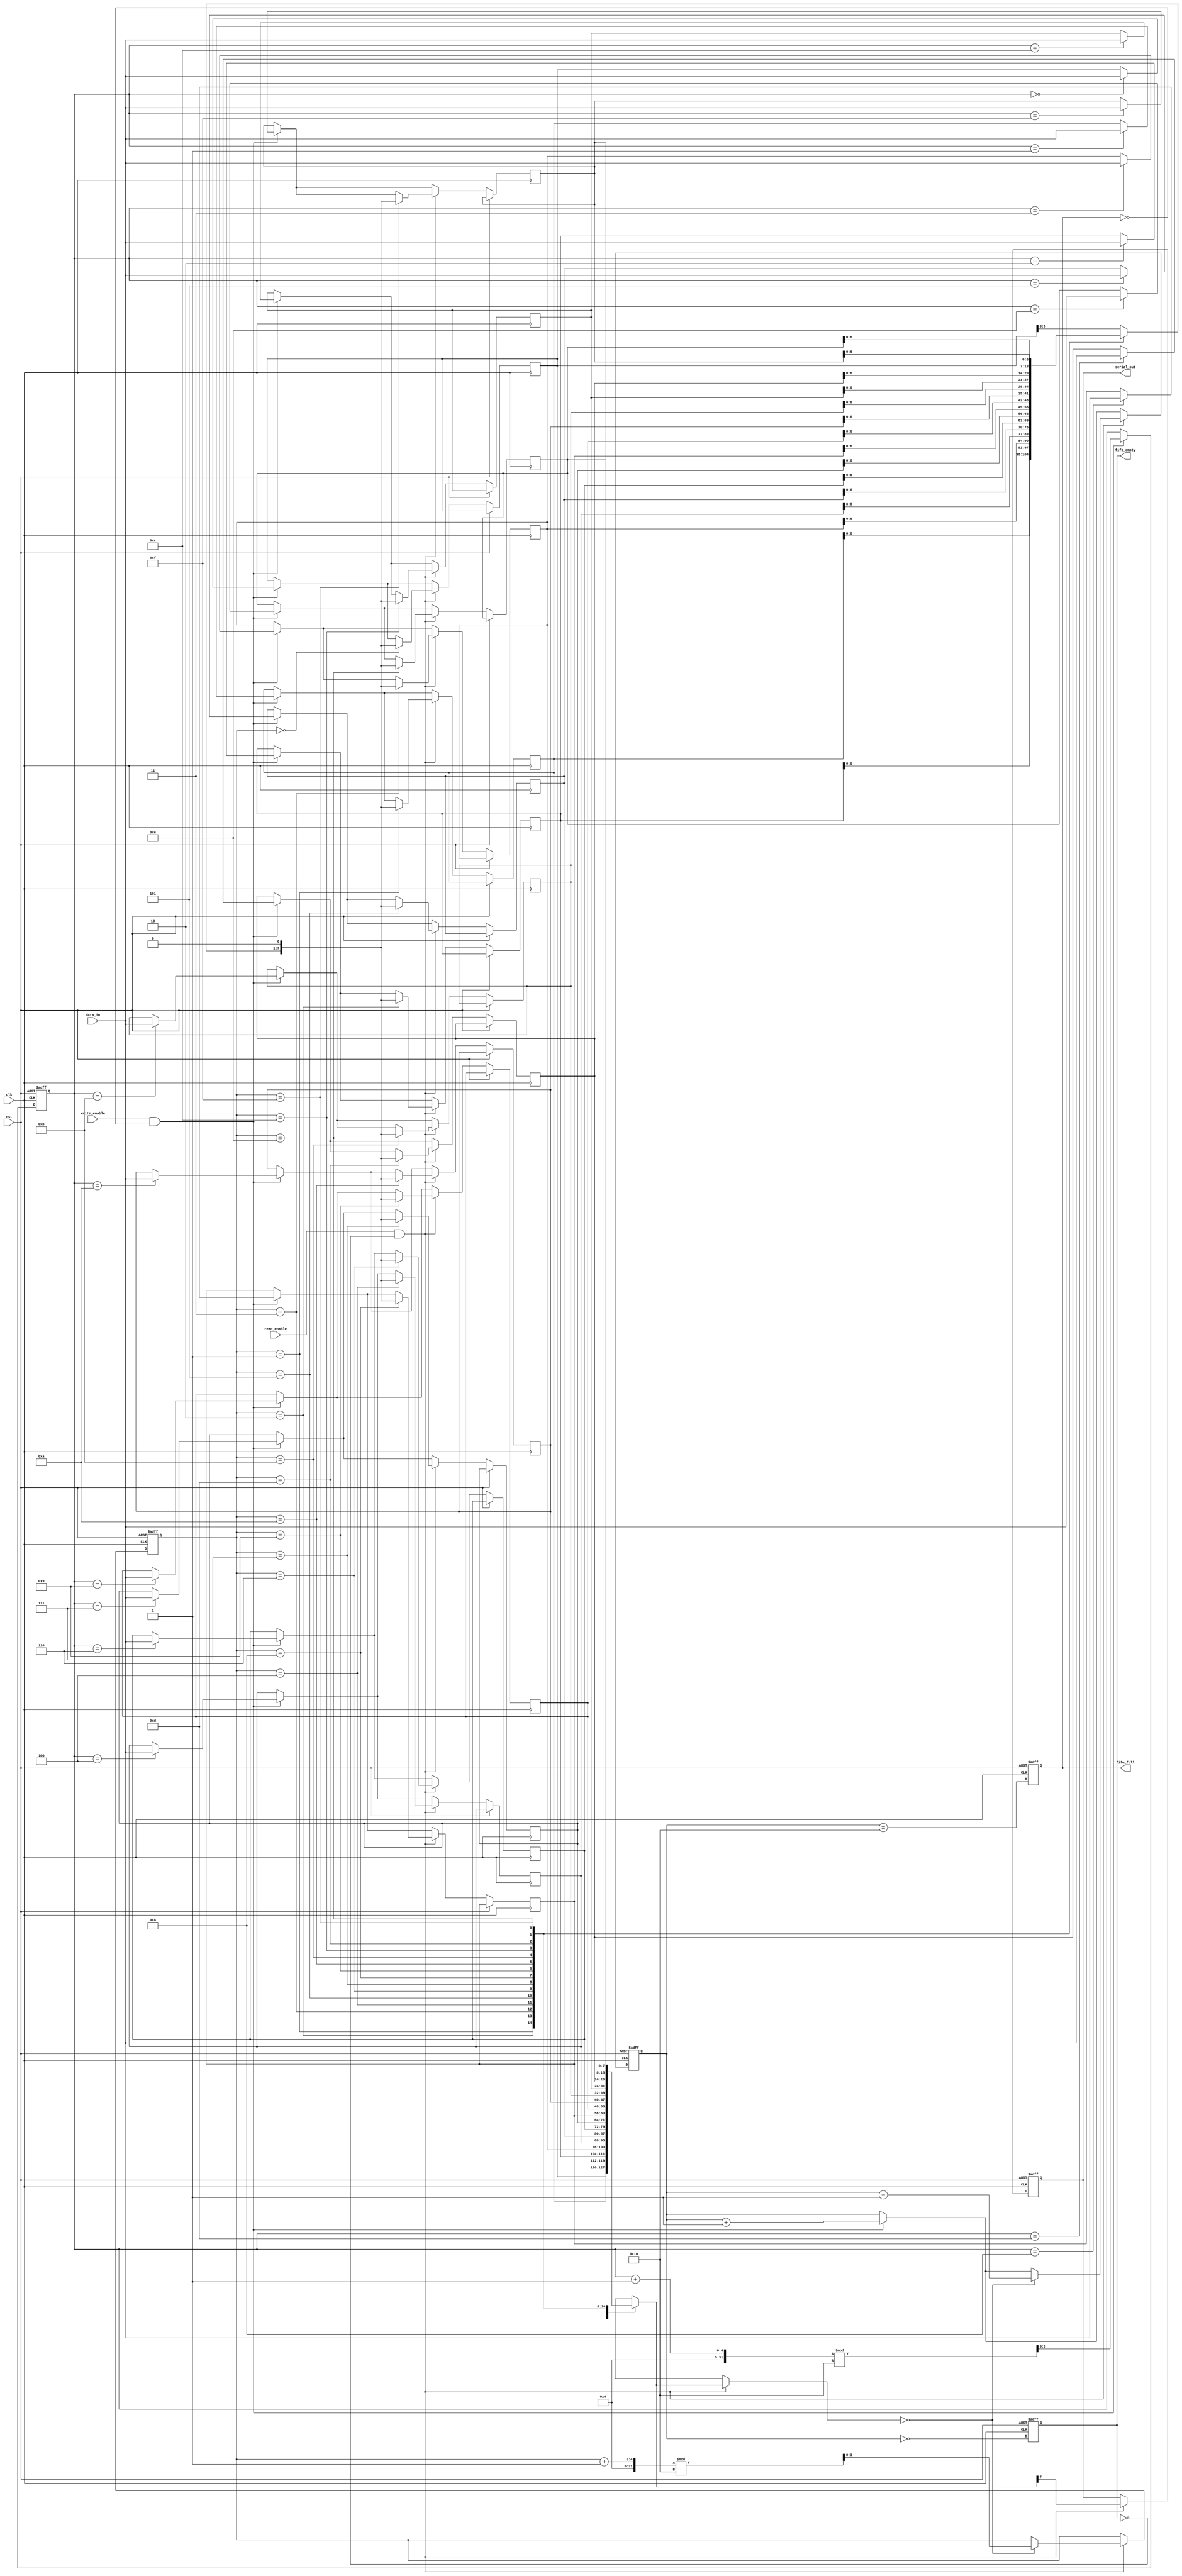
module fifo_piso #(
    parameter DATA_WIDTH = 8, // Width of parallel data input
    parameter FIFO_DEPTH = 16  // Depth of the FIFO
)(
    input wire clk,                // Clock signal
    input wire rst,                // Reset signal
    input wire write_enable,       // Write enable signal
    input wire read_enable,        // Read enable signal
    input wire [DATA_WIDTH-1:0] data_in, // Parallel data input
    output reg serial_out,         // Serial output
    output reg fifo_empty,         // FIFO empty flag
    output reg fifo_full           // FIFO full flag
);

    // Internal storage for FIFO
    reg [DATA_WIDTH-1:0] fifo_mem [0:FIFO_DEPTH-1];
    reg [3:0] write_pointer; // Pointer for writing data
    reg [3:0] read_pointer;  // Pointer for reading data
    reg [4:0] count;         // Number of elements in the FIFO

    // Initialization
    always @(posedge clk or posedge rst) begin
        if (rst) begin
            write_pointer <= 0;
            read_pointer <= 0;
            count <= 0;
            fifo_empty <= 1;
            fifo_full <= 0;
            serial_out <= 0;
        end else begin
            // Write Logic
            if (write_enable && !fifo_full) begin
                fifo_mem[write_pointer] <= data_in;
                write_pointer <= (write_pointer + 1) % FIFO_DEPTH;
                count <= count + 1;
            end
            
            // Read Logic
            if (read_enable && !fifo_empty) begin
                serial_out <= fifo_mem[read_pointer][DATA_WIDTH-1]; // Output the MSB first
                fifo_mem[read_pointer] <= {fifo_mem[read_pointer][DATA_WIDTH-2:0], 1'b0}; // Shift left
                if (fifo_mem[read_pointer] == 0) begin
                    read_pointer <= (read_pointer + 1) % FIFO_DEPTH;
                    count <= count - 1;
                end
            end

            // Update FIFO status flags
            fifo_empty <= (count == 0);
            fifo_full <= (count == FIFO_DEPTH);
        end
    end

endmodule